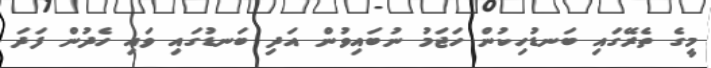
މީގެ ތެރޭގައި ބަނޑުހިކުން ހަޖަމު ނުބައިވުން އަދި ބަނޑުގައި ވައި ހެދުން ފަދަ